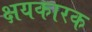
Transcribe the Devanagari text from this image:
क्षयकारक